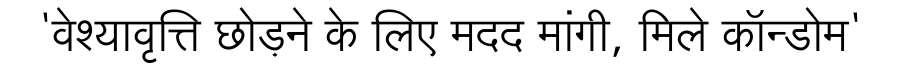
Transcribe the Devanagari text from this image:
'वेश्यावृत्ति छोड़ने के लिए मदद मांगी, मिले कॉन्डोम'